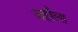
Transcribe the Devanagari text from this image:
जहाँला